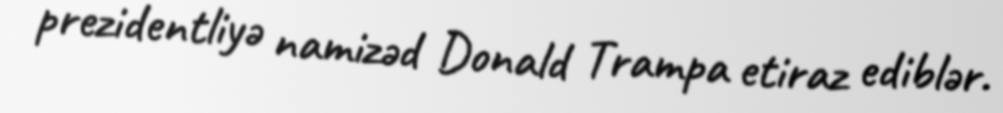
prezidentliyə namizəd Donald Trampa etiraz ediblər.